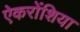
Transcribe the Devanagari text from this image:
ऐकरोंशिया